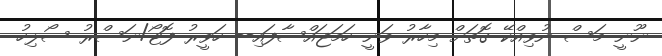
ނޫނީ މަސް ނުވިއްކޭ ގޮތަށް މިހާރު ވަނީ ހަމަޖައްސާފައި-- ހަވީރު ފޮޓޯ/ނަސްރު ސޯލިހު